Vaccination Hyderabad 1890-1903 - 1890-1903
Year: 1890
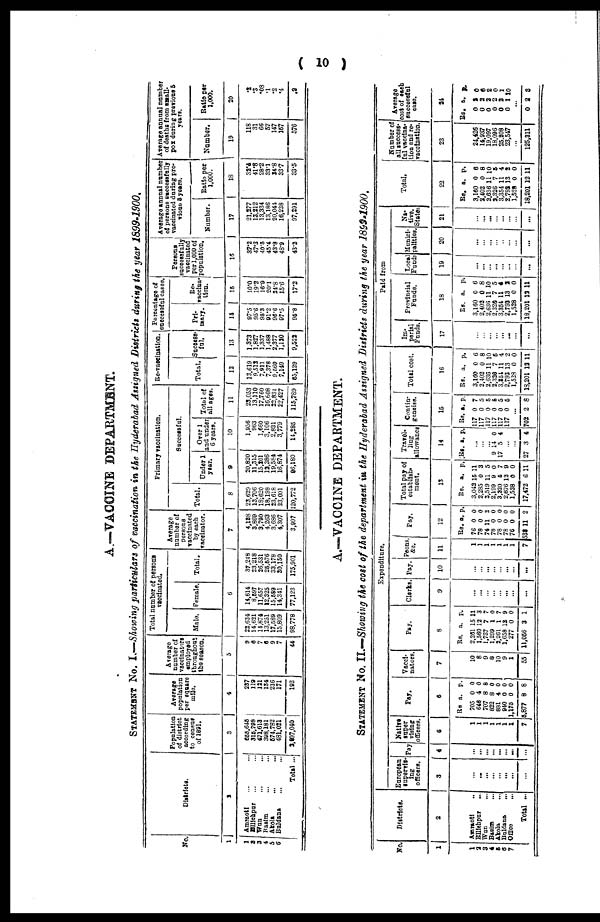
( 10 )
A.—VACCINE DEPARTMENT.
STATEMENT No. I.—Showing particulars of vaccination in the Hyderabad Assigned Districts during the year 1899-1900.
No.
1
1
2
3
4
5
6
Districts.
2
Amraoti ... ...
Ellichpur ... ...
Wun
...
...
Basim ... ...
Akola ... ...
Buldana ... ...
Total ...
Population
of district
according
to census
of 1891.
3
655,645
315,798
471,613
398,181
574,782
481,021
2,697,040
Average
population
per square
mile.
4
237
119
121
134
216
171
192
Average
number of
vaccinators
employed
throughout
the season.
5
9
6
7
6
9
7
44
Total number of persons
vaccinated.
Male. Female. Total.
6
22,634
14,621
14,874
13,251
17,589
15,809
98,778
14,614
8,597
11,657
12,325
15,589
14,341
77,123
37,248
23,218
26,531
25,576
33,178
30,150
175,901
Average
number of
persons
vaccinated
by each
vaccinator.
7
4,128
3,869
3,790
4,263
3,686
4,307
3,997
Primary vaccination.
Total.
8
23,629
13,706
18,620
18,198
23,618
23,001
120,772
Successful.
Under 1
year.
9
20,820
11,315
15,201
12,386
19,584
16,874
96,180
Over 1
and under
6 years.
10
1,956
963
1,660
3,106
2,821
3,779
14,285
Total of
all ages.
11
23,053
13,110
17,760
16,608
22,831
22,427
115,789
Re-vaccination.
Total.
12
13,619
9,512
7,911
7,378
9,560
7,149
55,129
Success-
ful.
13
1,373
1,827
1,337
1,488
2,377
1,120
9,522
Percentage of
successful cases.
Pri-
mary.
14
97.5
95.6
95.3
91.2
96.6
97.5
95.8
Re-
vaccina-
tion.
15
10.0
19.2
16.9
20.1
24.8
15.6
17.2
Persons
successfully
vaccinated
per 1,000 of
population.
16
37.2
47.3
40.5
45.4
43.8
48.9
43.2
Average annual number
of persons successfully
vaccinated during pre-
vious 5 years.
Number.
17
21,277
13,212
13,334
13,186
20,041
16,238
97,291
Ratio per
1,000.
18
32.4
41.8
28.2
33.1
34.8
33.7
33.5
Average annual number
of deaths from small-
pox during previous 5
years.
Number.
19
118
31
66
57
147
157
576
Ratio per
1,000.
20
.2
.3
.08
.1
. 2
.4
.2
A.—VACCINE DEPARTMENT.
STATEMENT No. II.—Showing the cost of the department in the Hyderabad Assigned Districts during the year 1899-1900.
No.
1
1
2
3
4
5
6
7
Districts.
2
Amraoti
...
Ellichpur
...
Wun ...
Basim ...
Akola ...
Buldana
...
Office
...
Total ...
Expenditure.
European
supervis-
ing
officers.
3
...
...
... ...
...
...
...
...
Pay
4
...
...
... ...
...
...
...
...
Native
super-
vising
officers.
5
1
1
1
1
1
1
1
7
Pay.
6
Rs.
705
646
707
822
881
940
1,175
5,877
a.
0
4
8
8
4
0
0
8
p.
0
0
8
0
0
0 0
8
Vacci-
nators.
7
10
8
9
8
10
9
1
55
Pay.
8
Rs.
2,261
1,560
1,737
1,299
2,261
1,658
277
11,056
a.
15
12
7
1
1
12
0
3
p.
11
3
7
0
7
9
0
1
Clerks.
9
...
...
... ...
...
...
...
...
Pay.
10
...
...
...
...
... ...
...
...
Peons,
&c.
11
1
1
1
1
1
1
1
7
Pay.
12
RS.
76
78
74
78
78
78
76
538
a.
0
0
11
0
0
0
0
11
p.
0
0
2
0
0
0
0
2
Total pay of
establish-
ment.
13
Rs.
3,042
2,285
2,519
2,199
3,220
2,676
1,528
17,472
a.
15
0
11
9
5
12
0
6
p.
11
3
5
0
7
9
0
11
Travel-
ling
allowance
14
Rs. a. p.
...
... ...
9
17
14
5
0
4
... ...
27 3 4
Contin-
gencies.
15
Rs.
117
117
117
117
117
117
a.
0
0
0
0
0
0
p.
7
5
5
5
5
5
...
702 2 8
Total cost.
16
Rs.
3,160
2,402
2,636
2,326
3,254
2,793
1,528
18,201
a.
0
0
11
7
11
13
0
12
p.
6
8
10
5
4
2
0
11
Paid from
Im-
perial
Funds.
17
...
... ...
... ...
... ...
...
Provincial
Funds.
18
Rs.
3,160
2,402
2,636
2,320
3,354
2,793
1,528
18,201
a.
0
0
11
7
11
13
0
12
p.
6
8
10
5
4
2
0
11
Local
Funds
19
...
...
...
...
...
...
...
...
Munici-
palities.
20
...
... ...
...
... ...
...
...
Na-
tive.
States
21
...
...
...
...
...
...
...
...
Total.
22
Rs.
3,160
2,402
2,636
2,326
3,354
2,793
1,528
18,201
a.
0
0
11
7
11
13
0
12
p.
6
8
10
5
4
2
0
11
Number of
all success-
ful vaccina-
tion and re-
vaccination.
23
24,426
14,937
19,097
18,096
25,208 23,547
...
125,311
Average
cost of each
successful
case.
24
Rs.
0
0
0
0
0
0
a.
2
2
2
2
2 1
p.
0
6
2
0
1
10
...
0 2 3